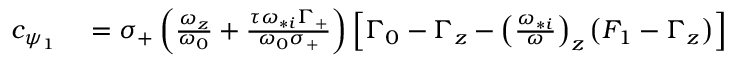
\begin{array} { r l } { c _ { \psi _ { 1 } } } & { { } = \sigma _ { + } \left( \frac { \omega _ { z } } { \omega _ { 0 } } + \frac { \tau \omega _ { * i } \Gamma _ { + } } { \omega _ { 0 } \sigma _ { + } } \right) \left[ \Gamma _ { 0 } - \Gamma _ { z } - \left( \frac { \omega _ { * i } } { \omega } \right) _ { z } \left( F _ { 1 } - \Gamma _ { z } \right) \right] } \end{array}